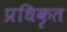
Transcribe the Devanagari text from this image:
प्रधिकृत